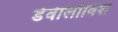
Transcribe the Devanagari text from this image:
डेवीलोविश